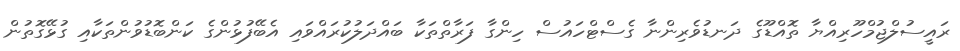
ރައީސުލްޖުމްހޫރިއްޔާ ތޮއްޑޫގެ ދަނޑުވެރިންނާ ގެސްޓްހައުސް ހިންގާ ފަރާތްތަކާ ބައްދަލުކުރައްވައި އެބޭފުޅުންގެ ކަންބޮޑުވުންތަކާއި ގުޅޭގޮތުން